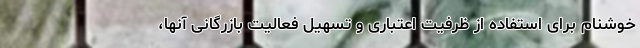
خوشنام برای استفاده از ظرفیت اعتباری و تسهیل فعالیت بازرگانی آنها،